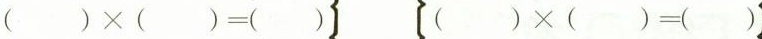
$$( ) \times ( ) = ( )$$ $$( ) \times ( ) = ( )$$